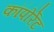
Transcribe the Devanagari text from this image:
कॉपोर्रेट